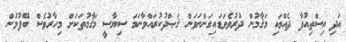
އަދި އިސްތިއުފާ ދެއްވައި މަޤާމުން ދުރުވެވަޑައިގަންނަވަން ޤަޞްދުކުރައްވާނަމަ ސިޔާސީ މަޤާމުތަކަށް މިހާރުވެސް ބޭފުޅުން